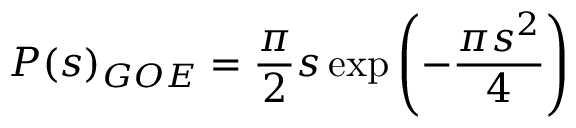
P ( s ) _ { G O E } = \frac { \pi } { 2 } s \exp \left( - \frac { { \pi } s ^ { 2 } } { 4 } \right)